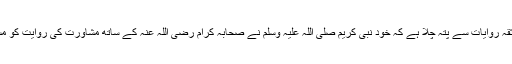
تاریخ کی ثقہ روایات سے پتہ چلا ہے کہ خود نبی کریم صلی اللہ علیہ وسلم نے صحابہ کرام رضی اللہ عنہ کے ساتھ مشاورت کی روایت کو مستحکم کیا۔